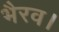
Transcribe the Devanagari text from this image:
भैरव।